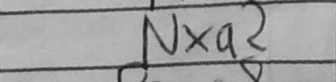
Transcription: Nxa2